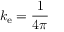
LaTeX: k _ { \mathrm { e } } = { \frac { 1 } { 4 \pi } }